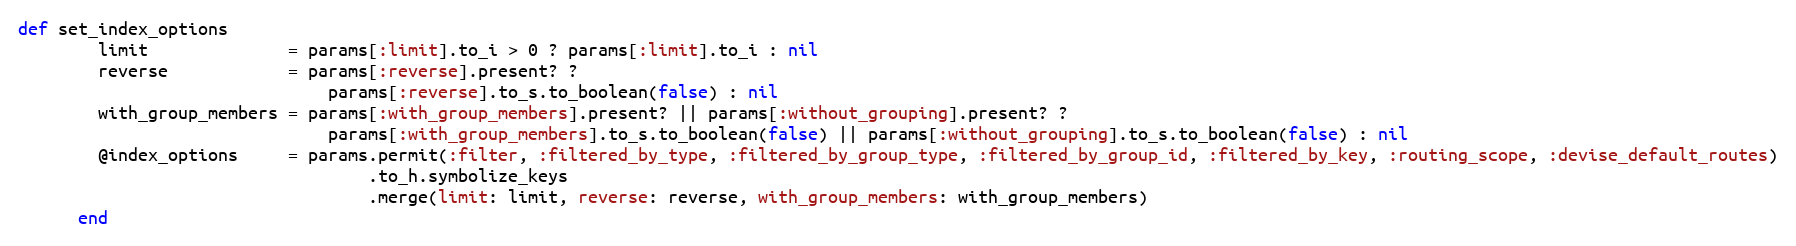
Language: Ruby
def set_index_options
        limit              = params[:limit].to_i > 0 ? params[:limit].to_i : nil
        reverse            = params[:reverse].present? ?
                               params[:reverse].to_s.to_boolean(false) : nil
        with_group_members = params[:with_group_members].present? || params[:without_grouping].present? ?
                               params[:with_group_members].to_s.to_boolean(false) || params[:without_grouping].to_s.to_boolean(false) : nil
        @index_options     = params.permit(:filter, :filtered_by_type, :filtered_by_group_type, :filtered_by_group_id, :filtered_by_key, :routing_scope, :devise_default_routes)
                                   .to_h.symbolize_keys
                                   .merge(limit: limit, reverse: reverse, with_group_members: with_group_members)
      end